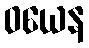
ဝယေန